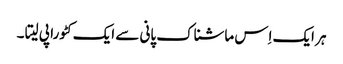
ہر ایک اِس ماشناک پانی سے ایک کٹورا پی لیتا ۔